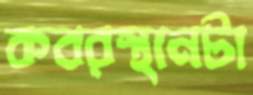
কবরস্থানটা